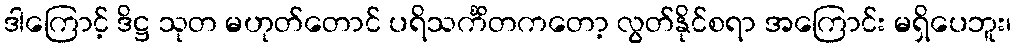
ဒါကြောင့် ဒိဋ္ဌ သုတ မဟုတ်တောင် ပရိသင်္ကိတကတော့ လွတ်နိုင်စရာ အကြောင်း မရှိပေဘူး၊